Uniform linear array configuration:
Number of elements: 32
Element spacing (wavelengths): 1
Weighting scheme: exponential
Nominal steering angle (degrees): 30
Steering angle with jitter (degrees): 29.298
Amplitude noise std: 0.05
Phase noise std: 0.05

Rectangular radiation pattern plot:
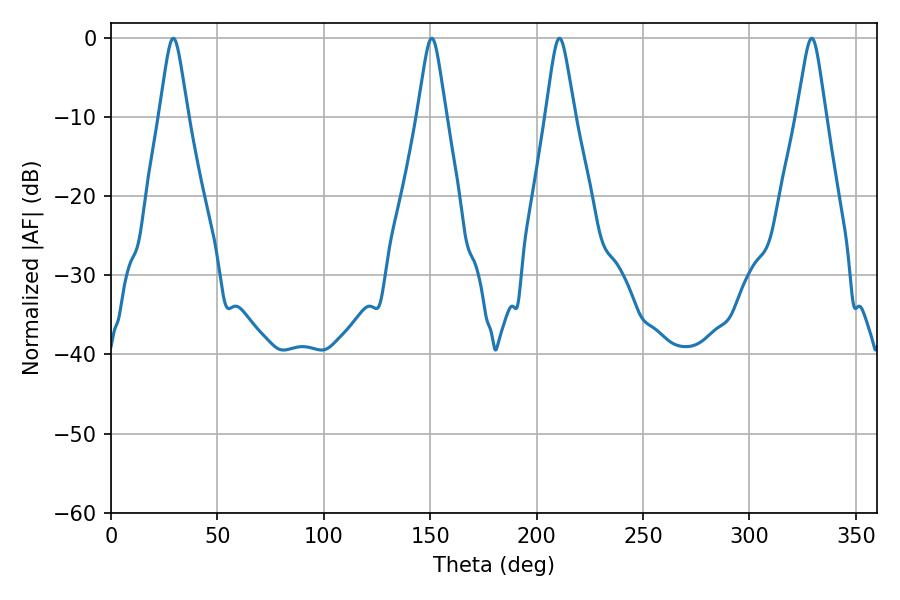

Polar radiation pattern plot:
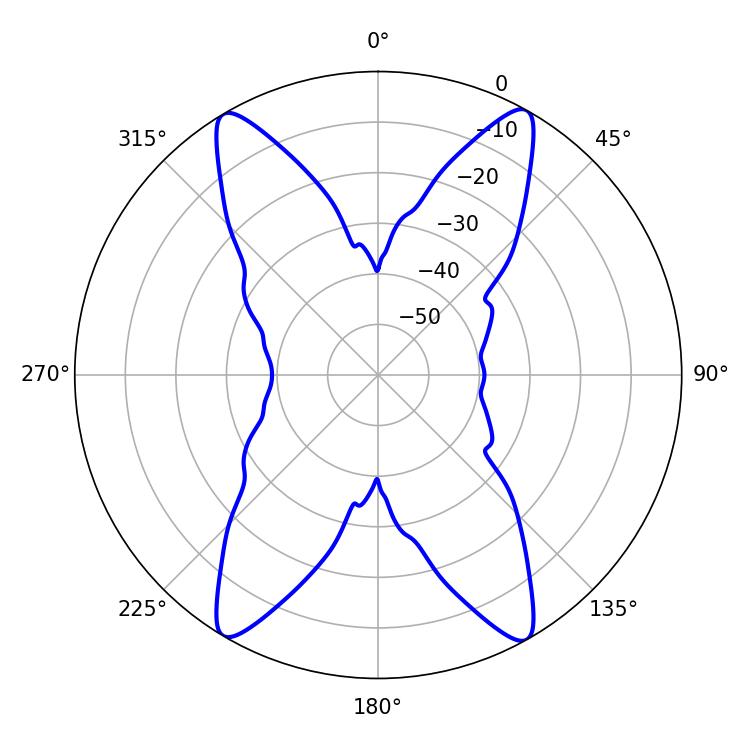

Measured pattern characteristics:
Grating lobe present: TRUE
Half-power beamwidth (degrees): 6.48
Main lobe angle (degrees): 210.78